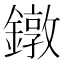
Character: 鐓